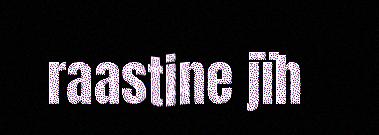
raastine jïh